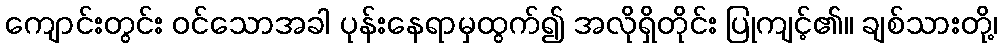
ကျောင်းတွင်း ဝင်သောအခါ ပုန်းနေရာမှထွက်၍ အလိုရှိတိုင်း ပြုကျင့်၏။ ချစ်သားတို့၊